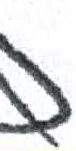
אות: נ